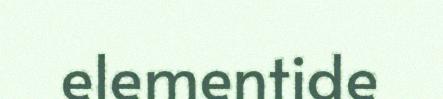
elementide